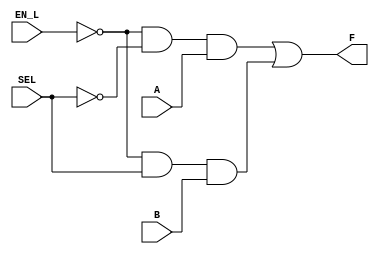
module MUX2x1_StructualModel (
	input	SEL, EN_L, A, B,
	output	F
);
	wire sel_l;
	wire en;
	wire out1;
	wire out2;

	not (sel_l, SEL);
	not (en, EN_L);
	and (out1, en, sel_l, A);
	and (out2, en, SEL, B);
	or 	(F, out1, out2);
endmodule

module MUX2x1_DataflowModel (
	input	SEL, EN_L, A, B,
	output	F
);
	//assign F = ~EN_L & (~SEL & A | SEL & B);
	assign F = EN_L ? 1'b0 : (SEL ? B : A);
endmodule

module MUX2x1_BehavialModel (
	input		SEL, EN_L, A, B,
	output	reg	F
);
	always @(*) begin
		if (EN_L) begin
			F = 1'b0;
		end else begin
			case (SEL)
				0 : F = A;
				1 : F = B;
				default	: F = 'bx;
			endcase
		end
	end
endmodule